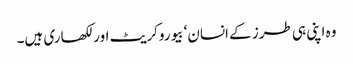
وہ اپنی ہی طرز کے انسان‘ بیوروکریٹ اور لکھاری ہیں۔